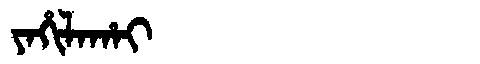
Manchu: ᠶᠠᡥᡳᠯᠠᡥᠠᡳ
Romanization: YAHILAHAI